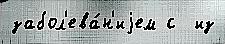
забол'ева́н'иjем с  из